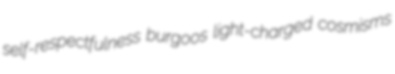
self-respectfulness burgoos light-charged cosmisms